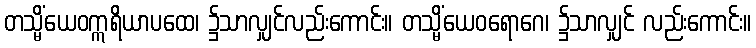
တသ္မိံယေဝဣရိယာပထေ၊ ၌သာလျှင်လည်းကောင်း။ တသ္မိံယေဝရောဂေ၊ ၌သာလျှင် လည်းကောင်း။